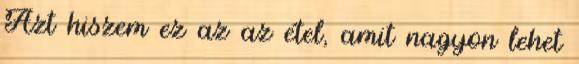
Azt hiszem ez az az étel, amit nagyon lehet